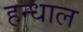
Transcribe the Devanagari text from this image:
हन्धाल